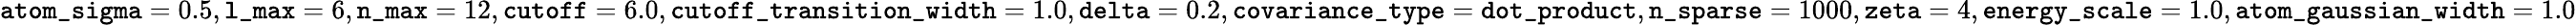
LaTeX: \mathtt{atom\_ sigma}=0.5,\mathtt{l\_ max}=6,\mathtt{n\_ max}=12,\mathtt{cutoff}=6.0,\mathtt{cutoff\_ transition\_ width}=1.0,\mathtt{delta}=0.2,\mathtt{covariance\_ type}=\mathtt{dot\_ product},\mathtt{n\_ sparse}=1000,\mathtt{zeta}=4,\mathtt{energy\_ scale}=1.0,\mathtt{atom\_ gaussian\_ width}=1.0